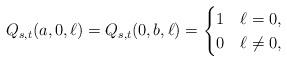
LaTeX: \begin{align*}Q_{s,t}(a,0,\ell)=Q_{s,t}(0,b,\ell)=\begin{cases}1 & \ell=0,\\0 & \ell\neq0,\end{cases}\end{align*}